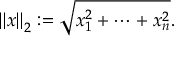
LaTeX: \left\| { \boldsymbol { x } } \right\| _ { 2 } : = { \sqrt { x _ { 1 } ^ { 2 } + \cdots + x _ { n } ^ { 2 } } } .